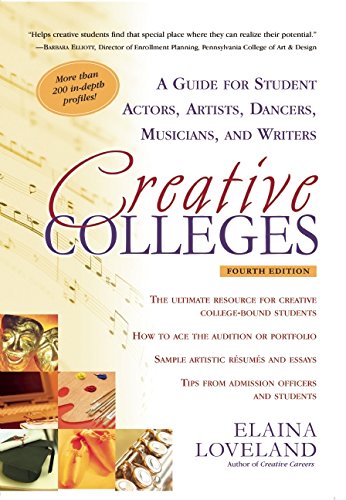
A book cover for Creative Colleges: A Guide for Student Actors, Artists, Dancers, Musicians and Writers; Elaina Loveland; Education & Teaching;